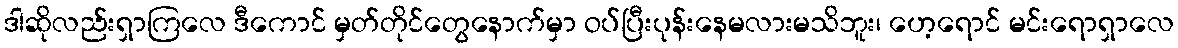
ဒါဆိုလည်းရှာကြလေ ဒီကောင် မှတ်တိုင်တွေနောက်မှာ ဝပ်ပြီးပုန်းနေမလားမသိဘူး၊ ဟေ့ရောင် မင်းရောရှာလေ